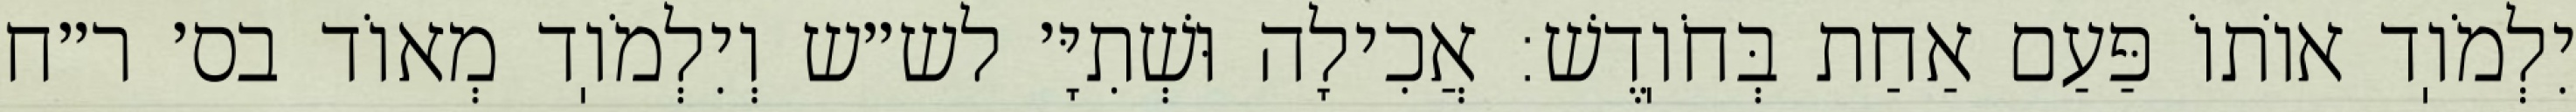
יִלְמֹוֽד אוֹתוֹ פַּעַם אַחַת בְּחֹוֽדֶשׁ: אֲכִילָה וּשְׁתִיָּ׳ לש״ש וְיִלְמֹוֽד מְאוֹד בס׳ ר״ח